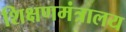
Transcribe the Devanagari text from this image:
शिक्षणमंत्रालय